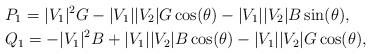
LaTeX: \begin{align*}&P_1 = |V_1|^2 G - |V_1| |V_2| G \cos(\theta) - |V_1| |V_2| B \sin (\theta), \\&Q_1 = -|V_1|^2 B + |V_1| |V_2| B \cos(\theta) - |V_1| |V_2| G \cos(\theta) , \end{align*}